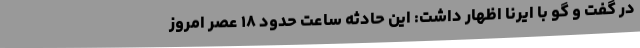
در گفت و گو با ایرنا اظهار داشت: این حادثه ساعت حدود ۱۸ عصر امروز